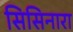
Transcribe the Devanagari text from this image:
सिसिनारा